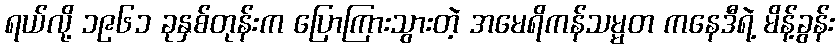
ရယ်လို့ ၁၉၆၁ ခုနှစ်တုန်းက ပြောကြားသွားတဲ့ အမေရိကန်သမ္မတ ကနေဒီရဲ့ မိန့်ခွန်း